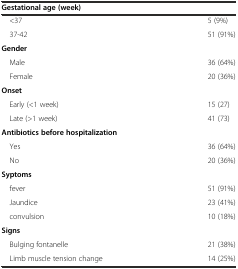
| Gestational age (week) |  |
 | --- | --- |
 | <37 | 5 (9%) |
 | 37-42 | 51 (91%) |
 | Gender |  |
 | Male | 36 (64%) |
 | Female | 20 (36%) |
 | Onset |  |
 | Early (<1 week) | 15 (27) |
 | Late (>1 week) | 41 (73) |
 | Antibiotics before hospitalization |  |
 | Yes | 36 (64%) |
 | No | 20 (36%) |
 | Syptoms |  |
 | fever | 51 (91%) |
 | Jaundice | 23 (41%) |
 | convulsion | 10 (18%) |
 | Signs |  |
 | Bulging fontanelle | 21 (38%) |
 | Limb muscle tension change | 14 (25%) |